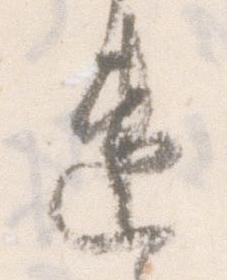
速